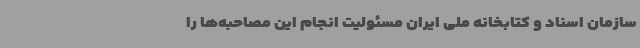
سازمان اسناد و کتابخانه ملی ایران مسئولیت انجام این مصاحبه‌ها را